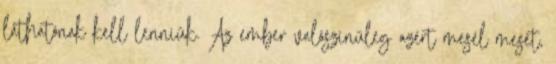
láthatónak kell lenniük. Az ember valószínűleg azért mesél mesét,